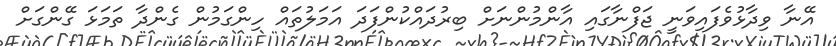
އޭނާ ވިދާޅުވެފައިވަނީ ޖަފްނާގައި އާންމުންނަށް ބިރުދައްކުންފަދަ އަމަލުތައް ހިންގަމުން ގެންދާ ތަމަޅަ ގޭންގަށް